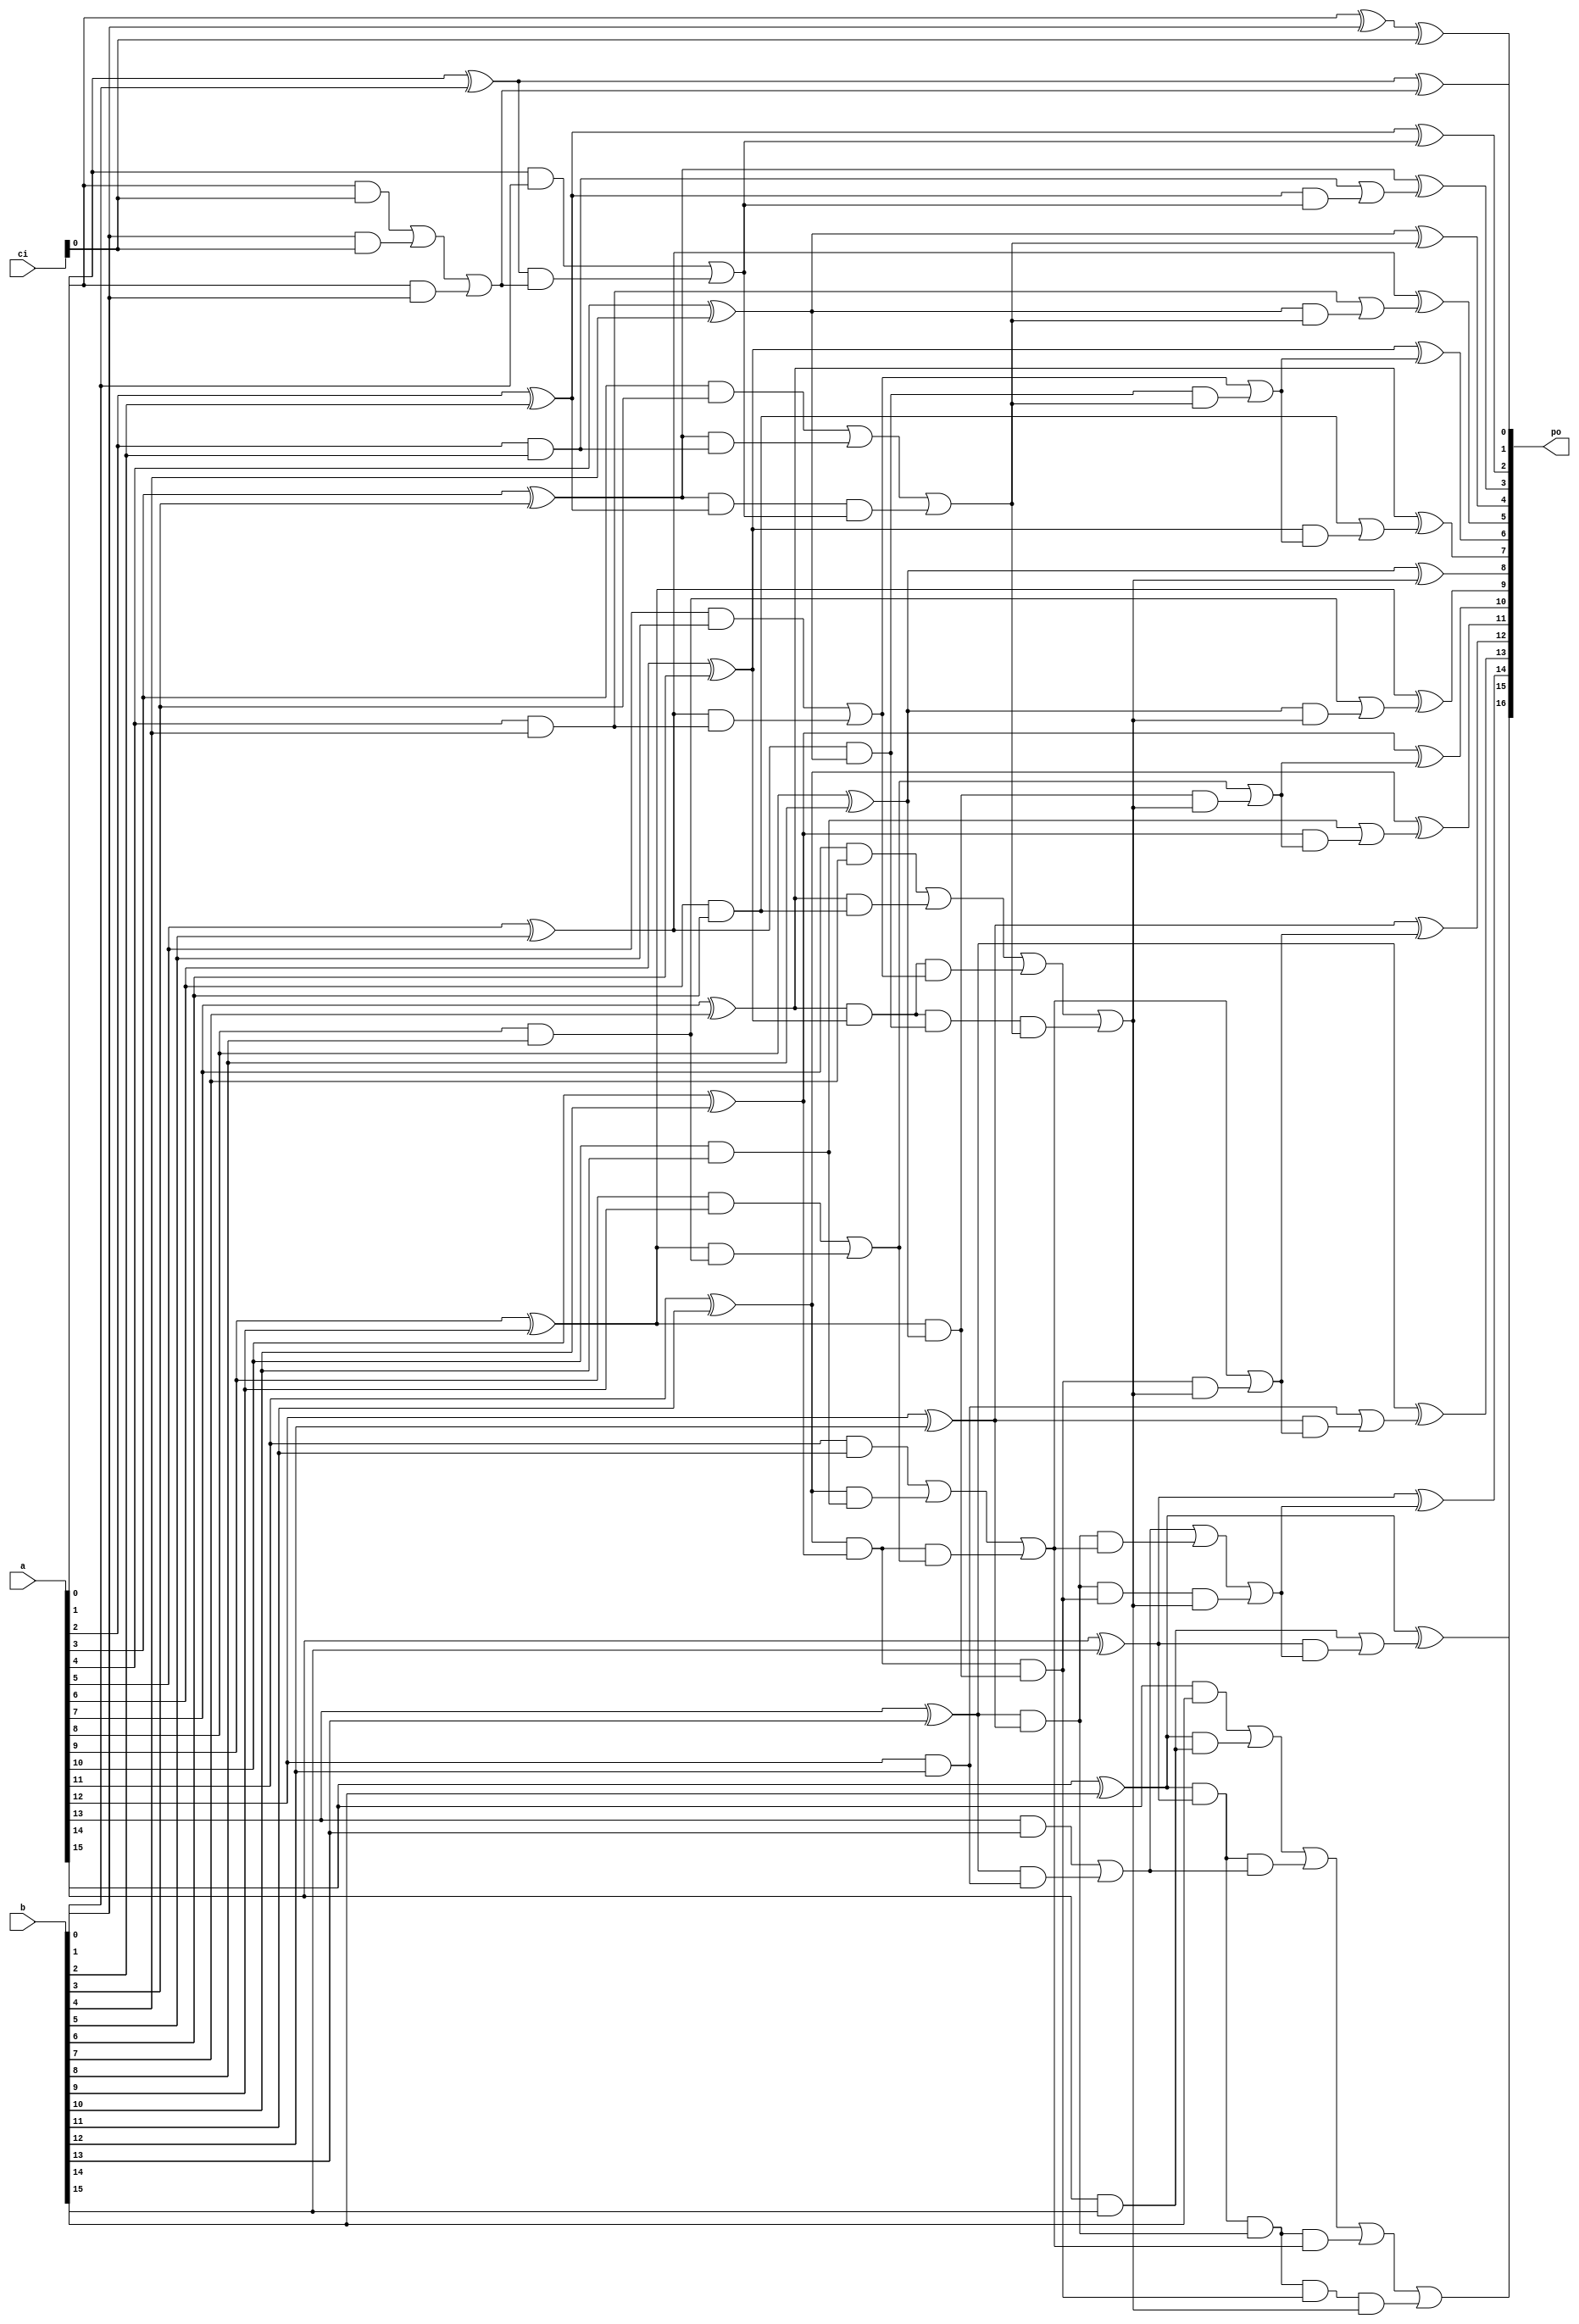
`timescale 1ns / 1ps
//////////////////////////////////////////////////////////////////////////////////
// 
// Design Name: adder
// Module Name: adder_lfa
// Description: Ladner-Fischer Adder
// License: MIT
//  Copyright (c) 2024 Dmitry Matyunin
//  Permission is hereby granted, free of charge, to any person obtaining a copy
//  of this software and associated documentation files (the "Software"), to deal
//  in the Software without restriction, including without limitation the rights
//  to use, copy, modify, merge, publish, distribute, sublicense, and/or sell
//  copies of the Software, and to permit persons to whom the Software is
//  furnished to do so, subject to the following conditions:
//
//  The above copyright notice and this permission notice shall be included in
//  all copies or substantial portions of the Software.
//
//  THE SOFTWARE IS PROVIDED "AS IS", WITHOUT WARRANTY OF ANY KIND, EXPRESS OR
//  IMPLIED, INCLUDING BUT NOT LIMITED TO THE WARRANTIES OF MERCHANTABILITY
//  FITNESS FOR A PARTICULAR PURPOSE AND NONINFRINGEMENT. IN NO EVENT SHALL THE
//  AUTHORS OR COPYRIGHT HOLDERS BE LIABLE FOR ANY CLAIM, DAMAGES OR OTHER
//  LIABILITY, WHETHER IN AN ACTION OF CONTRACT, TORT OR OTHERWISE, ARISING FROM,
//  OUT OF OR IN CONNECTION WITH THE SOFTWARE OR THE USE OR OTHER DEALINGS IN
//  THE SOFTWARE.
// 
//////////////////////////////////////////////////////////////////////////////////

// Radix 2
module adder_lfa_r2 #(
	parameter WIDTH = 16
)
(
	input wire [WIDTH-1:0]a,
	input wire [WIDTH-1:0]b,
	input wire [WIDTH-1:0]ci,
	output wire [WIDTH:0]po
);

localparam GP = $clog2(WIDTH)+1;

reg [WIDTH-1:0]p[GP:0];
reg [WIDTH-1:0]g[GP:0];
reg [WIDTH-1:0]s;
reg c;

integer i, j, k;

assign po = {c, s};

always @(*) begin
	for (i = 0; i < WIDTH; i = i + 1) begin
		p[0][i] = a[i] ^ b[i];
		if (i == 0) begin
			g[0][i] = (a[i] & ci) | (b[i] & ci) | (a[i] & b[i]);
		end else begin
			g[0][i] = a[i] & b[i];
		end
	end
	
	for (i = 0; i < GP-1; i = i + 1) begin
		for (j = 0; j < WIDTH; j = j + 1) begin
			g[i+1][j] = g[i][j];
			p[i+1][j] = p[i][j];
		end
		for (j = 2**i; j < WIDTH; j = j + 2**(i+1)) begin
			for (k = 0; k < 2**i; k = k + 1) begin
				if (((j+k) % 2) == 1'b1) begin
					g[i+1][j+k] = g[i][j+k] | (p[i][j+k] & g[i][j-1]);
					p[i+1][j+k] = p[i][j+k];
					if (j >= 2**(i+1)) begin
						p[i+1][j+k] = p[i][j+k] & p[i][j-1];
					end
				end
			end
		end
	end
	
	for (i = 0; i < WIDTH; i = i + 1) begin
		g[GP][i] = g[GP-1][i];
		p[GP][i] = p[GP-1][i];
	end
	
	for (i = 2; i < WIDTH; i = i + 1) begin
		if ((i % 2) == 1'b0) begin
			g[GP][i] = g[GP-1][i] | (p[GP-1][i] & g[GP-1][i-1]);
			p[GP][i] = p[GP-1][i];
		end
	end
	
	c = g[GP][WIDTH-1];
	for (i = 0; i < WIDTH; i = i + 1) begin
		if (i == 0) begin
			s[i] = p[0][i] ^ ci;
		end else begin
			s[i] = p[0][i] ^ g[GP][i-1];
		end
	end 
end

endmodule